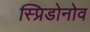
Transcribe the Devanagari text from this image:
स्प्रिडोनोव